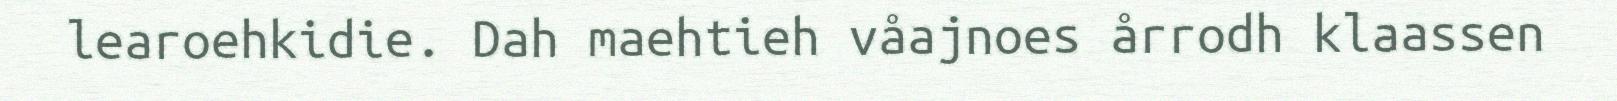
learoehkidie. Dah maehtieh våajnoes årrodh klaassen